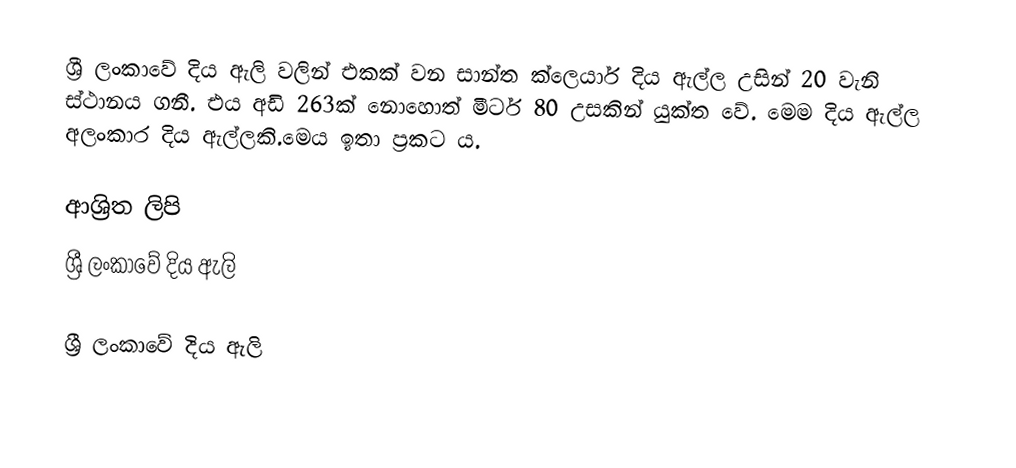
ශ්‍රී ලංකාවේ දිය ඇලි වලින් එකක් වන සාන්ත ක්ලෙයාර් දිය ඇල්ල උසින් 20 වැනි ස්ථානය ගනී. එය අඩි 263ක් නොහොත් මීටර් 80 උසකින් යුක්ත වේ. මෙම දිය ඇල්ල අලංකාර දිය ඇල්ලකි.මෙය ඉතා ප්‍රකට ය.

ආශ්‍රිත ලිපි
 ශ්‍රී ලංකාවේ දිය ඇලි‎

ශ්‍රී ලංකාවේ දිය ඇලි